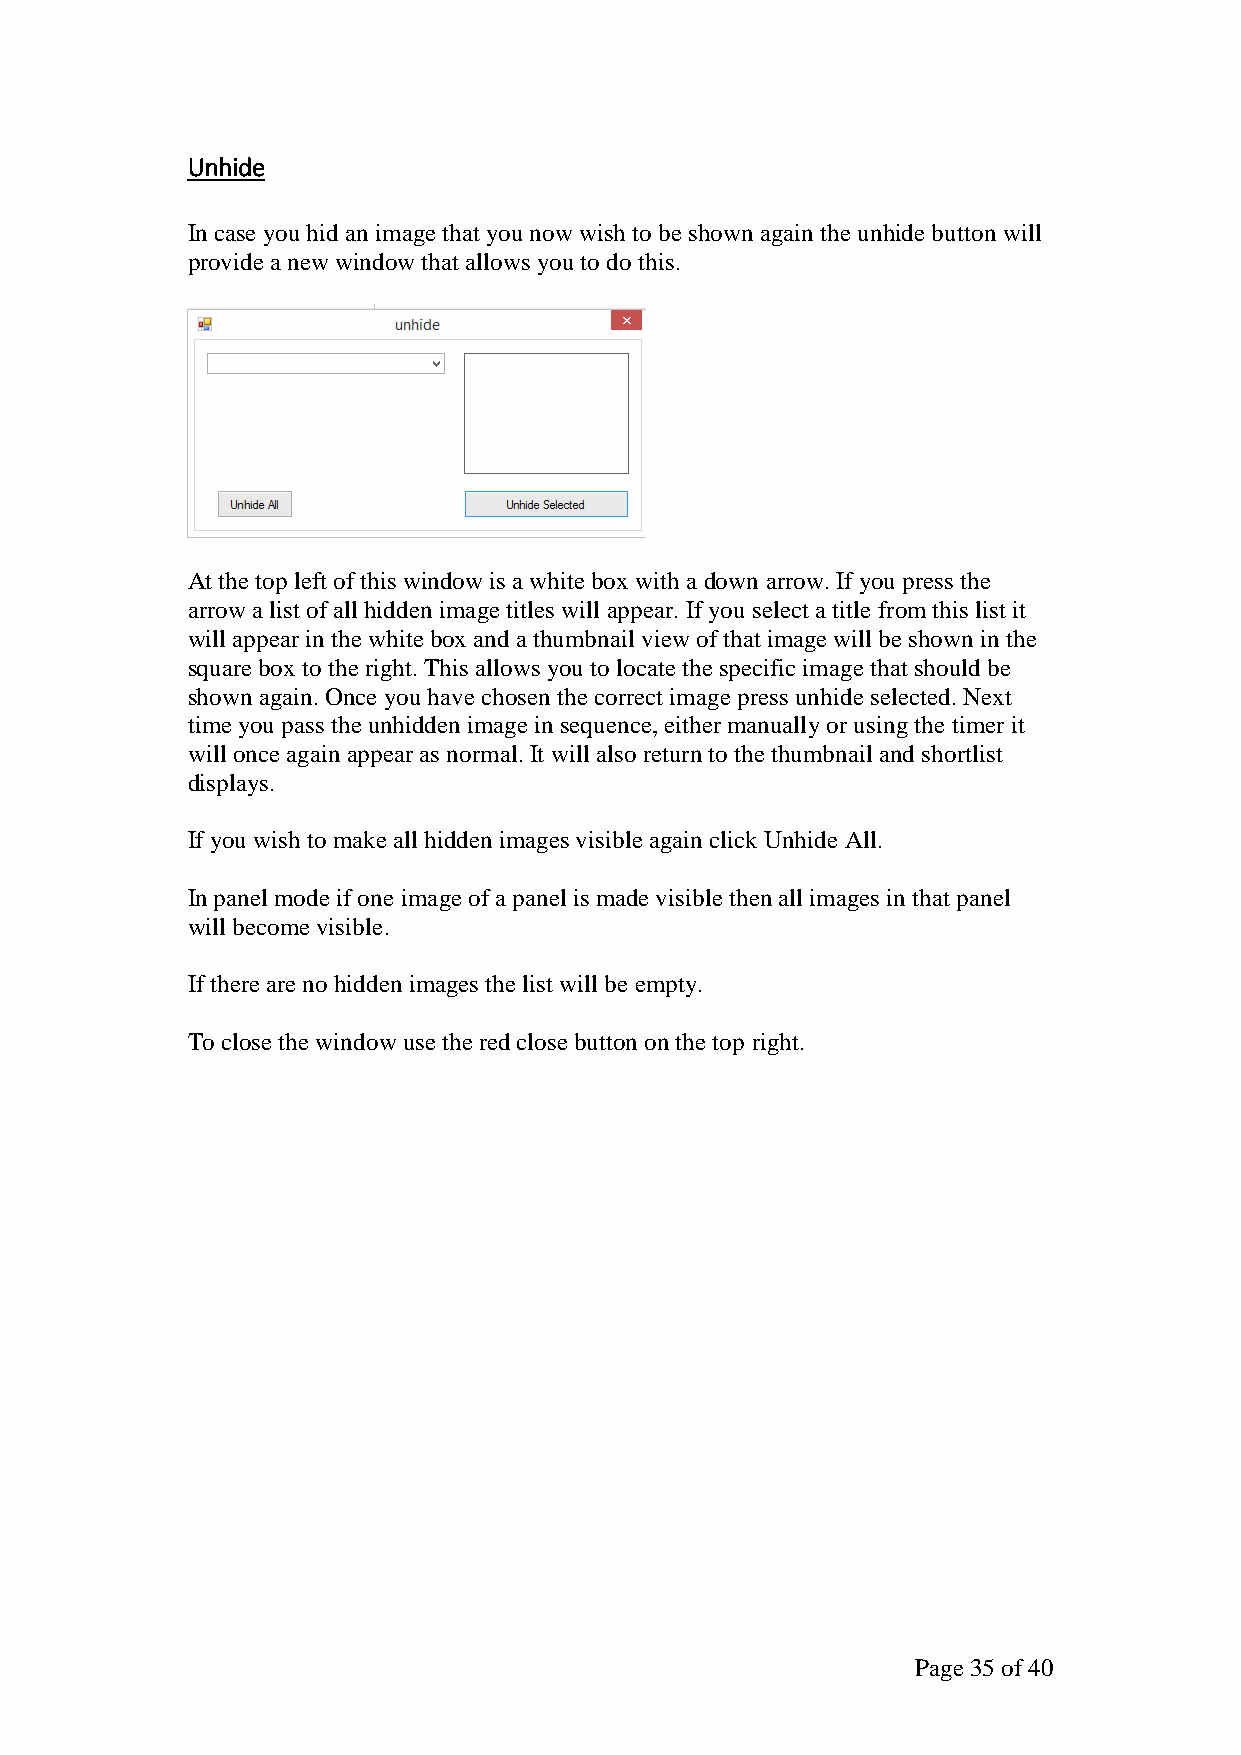
Unhide
 In case you hid an image that you now wish to be shown again the unhide button will
 provide a new window that allows you to do this.
 At the top left of this window is a white box with a down arrow. If you press the
 arrow a list of all hidden image titles will appear. If you select a title from this list it
 will appear in the white box and a thumbnail view of that image will be shown in the
 square box to the right. This allows you to locate the specific image that should be
 shown again. Once you have chosen the correct image press unhide selected. Next
 time you pass the unhidden image in sequence, either manually or using the timer it
 will once again appear as normal. It will also return to the thumbnail and shortlist
 displays.
 If you wish to make all hidden images visible again click Unhide All.
 In panel mode if one image of a panel is made visible then all images in that panel
 will become visible.
 If there are no hidden images the list will be empty.
 To close the window use the red close button on the top right.
 Page 35 of 40